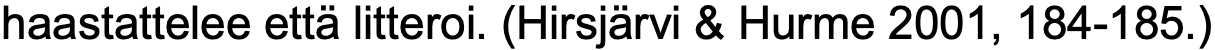
haastattelee että litteroi. (Hirsjärvi & Hurme 2001, 184-185.)